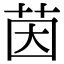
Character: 茵